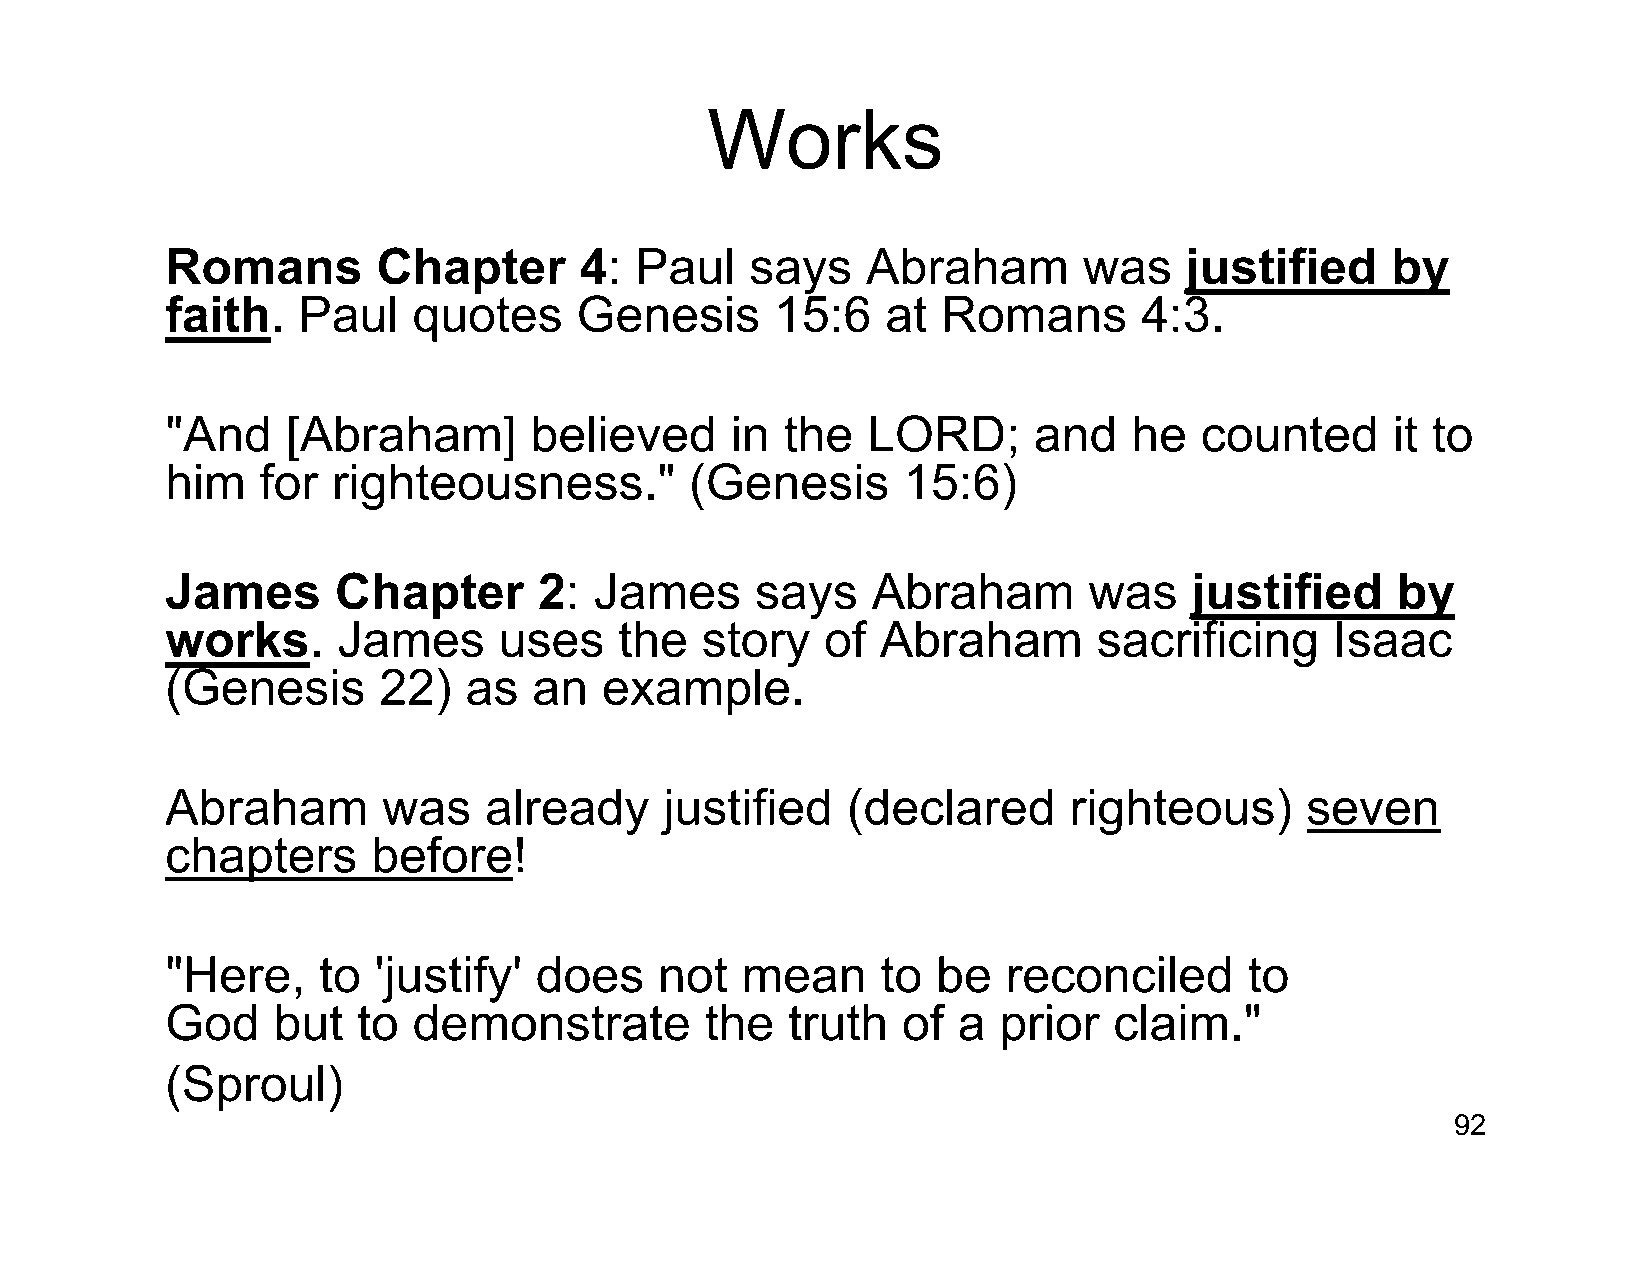
Works
 Romans        Chapter      4:  Paul    says   Abraham        was   justified     by
 faith.   Paul   quotes     Genesis      15:6    at Romans        4:3.
 "And    [Abraham]       believed     in  the  LORD;      and    he  counted      it to
 him   for  righteousness."         (Genesis      15:6)
 James      Chapter       2: James      says    Abraham       was    justified    by
 works.     James      uses    the  story    of Abraham        sacrificing    Isaac
 (Genesis      22)   as  an   example.
 Abraham       was    already     justified   (declared      righteous)     seven
 chapters      before!
 "Here,    to  'justify' does     not  mean     to  be   reconciled      to
 God    but   to demonstrate         the  truth   of a  prior   claim."
 (Sproul)
 92